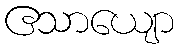
ဧသာယျော